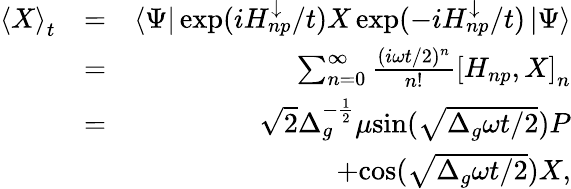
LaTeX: \begin{array}{rlr}{\left<X\right>_{t}}&{=}&{\left\langle\Psi\right\vert\exp(iH_{np}^{\downarrow}/t)X\exp(-iH_{np}^{\downarrow}/t)\left\vert\Psi\right\rangle}\\ &{=}&{\sum_{n=0}^{\infty}\frac{(i\omega t/2)^{n}}{n!}\left[H_{np},X\right]_{n}}\\ &{=}&{\sqrt{2}\Delta_{g}^{-\frac{1}{2}}\mu\mathrm{{sin}}(\sqrt{\Delta_{g}\omega t/2})P}\\ &{}&{+{\mathrm{cos}}(\sqrt{\Delta_{g}\omega t/2})X,}\end{array}